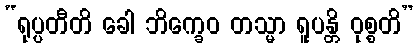
“ရုပ္ပတီတိ ခေါ ဘိက္ခေဝ တသ္မာ ရူပန္တိ ဝုစ္စတိ”